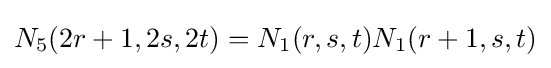
N_{5}(2r+1,2s,2t)=N_{1}(r,s,t)N_{1}(r+1,s,t)